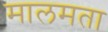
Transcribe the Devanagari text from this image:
मालमता